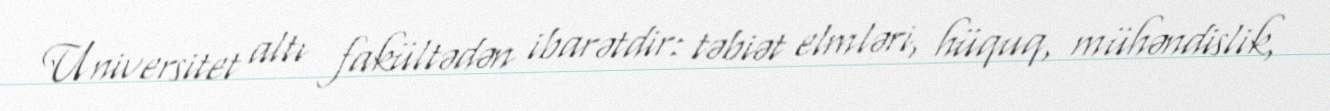
Universitet altı fakültədən ibarətdir: təbiət elmləri, hüquq, mühəndislik,